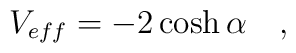
V_{eff} = - 2 \cosh \alpha   \quad  ,